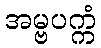
အမ္ဗပက္ကံ